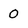
Character: 0